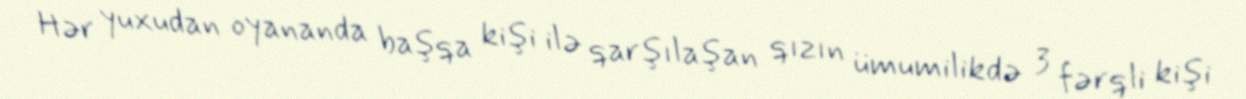
Hər yuxudan oyananda başqa kişi ilə qarşılaşan qızın ümumilikdə 3 fərqli kişi